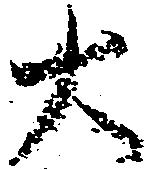
大